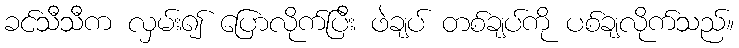
ခင်သီသီက လှမ်း၍ ပြောလိုက်ပြီး ဖဲချပ် တစ်ချပ်ကို ပစ်ချလိုက်သည်။